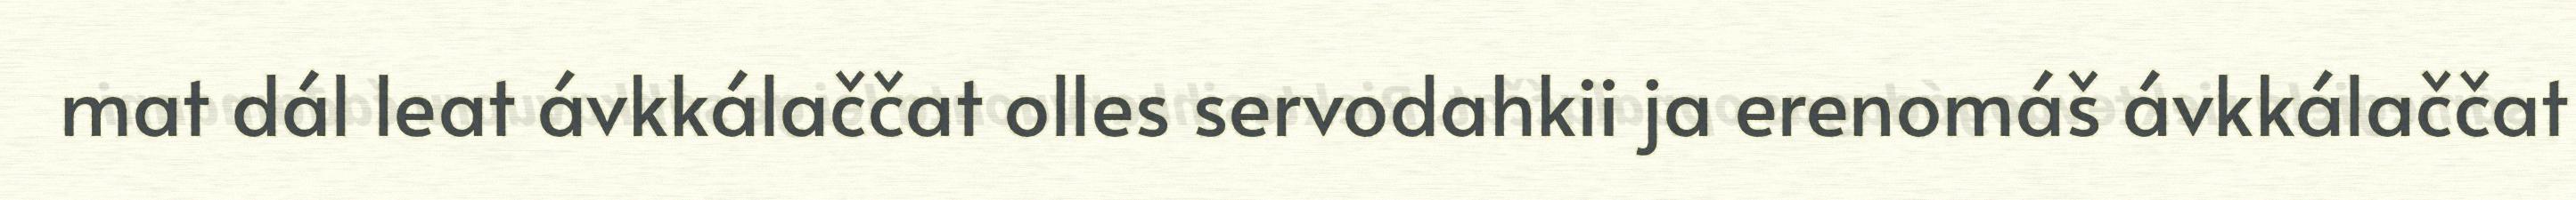
mat dál leat ávkkálaččat olles servodahkii ja erenomáš ávkkálaččat